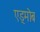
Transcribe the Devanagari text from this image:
एड्मोब